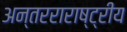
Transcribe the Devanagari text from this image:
अन्तरराराष्ट्रीय